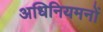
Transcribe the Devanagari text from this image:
अधिनियमनों